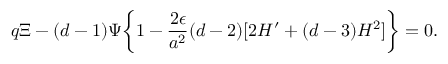
q \Xi - ( d - 1 ) \Psi \biggl \{ 1 - \frac { 2 \epsilon } { a ^ { 2 } } ( d - 2 ) [ 2 { \cal H } ^ { \prime } + ( d - 3 ) { \cal H } ^ { 2 } ] \biggr \} = 0 .